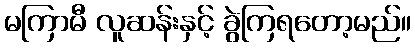
မကြာမီ လူဆန်းနှင့် ခွဲကြရတော့မည်။